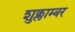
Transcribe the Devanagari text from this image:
शुक्लाम्बर